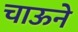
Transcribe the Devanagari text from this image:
चाऊने